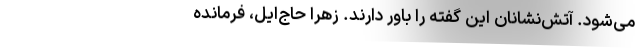
می‌شود. آتش‌نشانان این گفته را باور دارند. زهرا حاج‌ایل، فرمانده